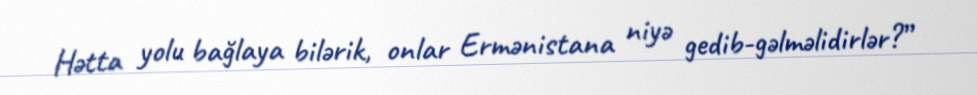
Hətta yolu bağlaya bilərik, onlar Ermənistana niyə gedib-gəlməlidirlər?”